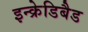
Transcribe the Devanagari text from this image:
इन्क्रेडिबैड